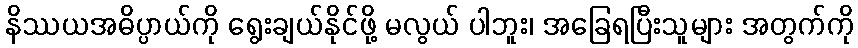
နိဿယအဓိပ္ပာယ်ကို ရွေးချယ်နိုင်ဖို့ မလွယ် ပါဘူး၊ အခြေရပြီးသူများ အတွက်ကို